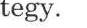
tegy.